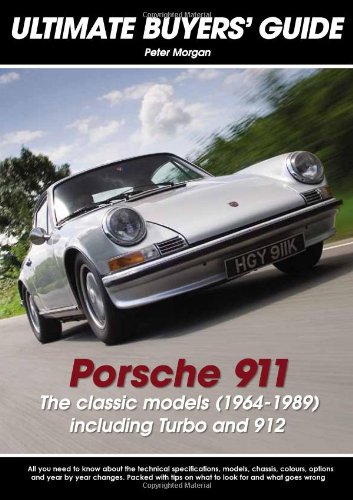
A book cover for Porsche 911 The classic models (1964-1989): The Classic Models (1964-1989) Including Turbo and 912 (Ultimate Buyers' Guide); Peter Morgan; Engineering & Transportation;